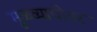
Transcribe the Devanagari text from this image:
मूळव्याधीवर